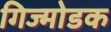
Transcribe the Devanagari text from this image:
गिज्मोडक